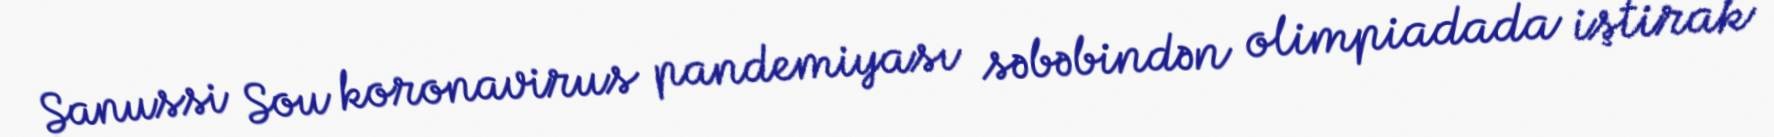
Sanussi Sou koronavirus pandemiyası səbəbindən olimpiadada iştirak